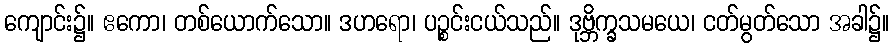
ကျောင်း၌။ ဧကော၊ တစ်ယောက်သော။ ဒဟရော၊ ပဉ္စင်းငယ်သည်။ ဒုဗ္ဘိက္ခသမယေ၊ ငတ်မွတ်သော အခါ၌။